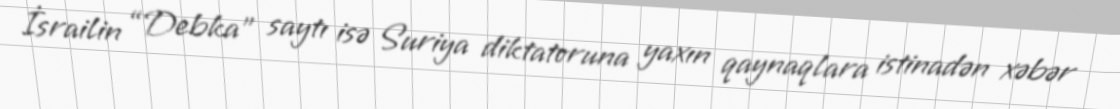
İsrailin “Debka” saytı isə Suriya diktatoruna yaxın qaynaqlara istinadən xəbər